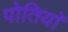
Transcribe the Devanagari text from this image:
पोतियाॅ